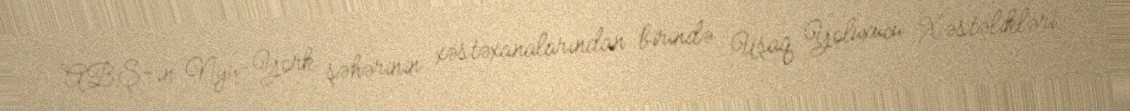
ABŞ-ın Nyu-York şəhərinin xəstəxanalarından birində Uşaq Yoluxucu Xəstəlikləri